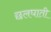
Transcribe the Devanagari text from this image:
छलघाती